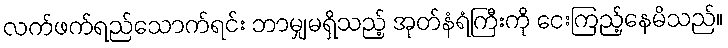
လက်ဖက်ရည်သောက်ရင်း ဘာမျှမရှိသည့် အုတ်နံရံကြီးကို ငေးကြည့်နေမိသည်။